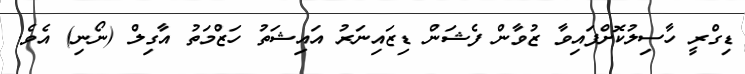
ޑިގްރީ ހާސިލުކޮށްފައިވާ ޒުވާން ފެޝަން ޑިޒައިނަރު އައިޝަތު ހަޒްމަތު އާގިލް (ނޯނި) އެވެ.